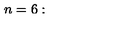
n = 6 : \quad